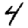
Digit: 4